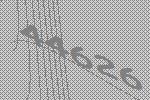
44626